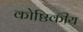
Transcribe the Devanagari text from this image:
कोष्ठिकीय